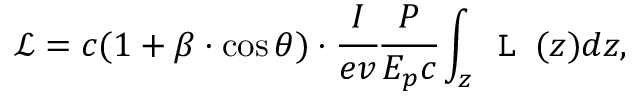
\mathcal { L } = c ( 1 + \beta \cdot \cos \theta ) \cdot \cfrac { I } { e v } \cfrac { P } { E _ { p } c } \int _ { z } \texttt { L } ( z ) d z ,